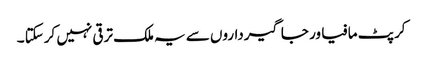
کرپٹ مافیا ور جاگیرداروں سے یہ ملک ترقی نہیں کرسکتا ۔